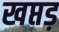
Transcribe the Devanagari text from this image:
खप्तड़